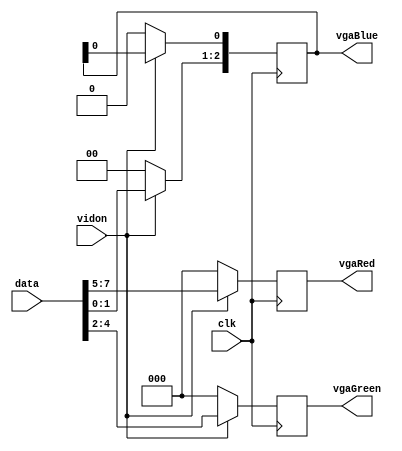
`timescale 1ns / 1ps
//////////////////////////////////////////////////////////////////////////////////
// Company: 
// Engineer: 
// 
// Design Name: 
// Module Name:    vga_display 
// Project Name: 
// Target Devices: 
// Tool versions: 
// Description: 
//
// Dependencies: 
//
// Revision: 
// Revision 0.01 - File Created
// Additional Comments: 
//
//////////////////////////////////////////////////////////////////////////////////
module vga_display(
			input wire clk,
			input wire vidon,
			input	wire [7:0] data,
			output reg [2:0] vgaRed,
			output reg [2:0] vgaGreen,
			output reg [2:0] vgaBlue
    );
 
	always @(posedge clk)
	begin
		if (vidon == 1)
		begin
			vgaRed <= data[7:5];
			vgaGreen <= data[4:2];
			vgaBlue[2:1] <= data[1:0];
		end
		else
		begin
			vgaRed <= 0;
			vgaGreen <= 0;
			vgaBlue <= 0;
		end
	end

endmodule